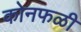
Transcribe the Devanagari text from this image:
कोनफळी